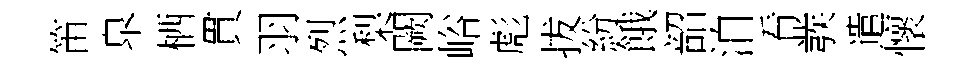
笛臯栖貫羽烈梨闕峪彪拔紛餓韶泊看彂遣懷